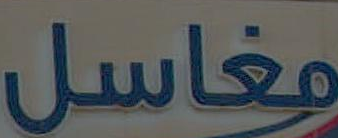
مغاسل